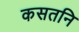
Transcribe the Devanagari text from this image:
कसतनि